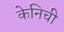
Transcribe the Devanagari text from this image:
केनिची